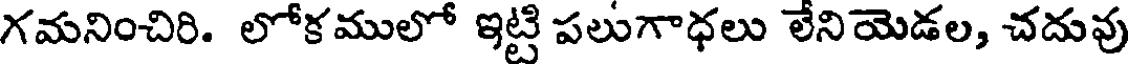
గమనించిరి. లోకములో ఇట్టి పలుగాధలు లేనియెడల, చదువు